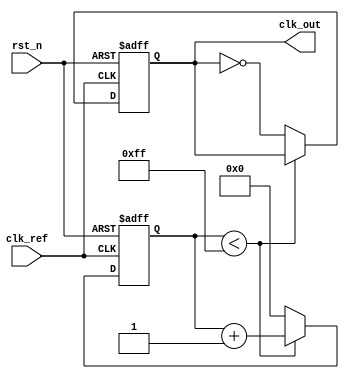
module frac_n_pll #(
    parameter N_INT = 4,    // Integer division part
    parameter N_FRAC = 8,   // Bits for fractional part
    parameter VCO_FREQUENCY_INIT = 10_000_000 // VCO initial frequency in Hz
)(
    input wire clk_ref,      // Reference clock input
    input wire rst_n,        // Asynchronous reset
    output reg clk_out       // Output clock
);

    // Phase Detector
    reg [1:0] phase_error; // Phase error signal
    wire clk_div;          // Divided clock output

    // VCO
    reg [31:0] vco_frequency; 
    reg clk_vco;

    // Fractional Delta-Sigma Modulator
    reg [N_FRAC-1:0] frac_counter; 
    reg [N_INT-1:0] int_div_counter; 

    // Main PLL operation
    always @(posedge clk_ref or negedge rst_n) begin
        if (!rst_n) begin
            clk_vco <= 1'b0;
            vco_frequency <= VCO_FREQUENCY_INIT;
            phase_error <= 2'b00;
            frac_counter <= 0;
            int_div_counter <= 0;
            clk_out <= 1'b0;
        end else begin
            // Phase Detector Logic
            if (clk_ref) begin
                if (clk_div) begin
                    phase_error <= phase_error + 1; 
                end else begin
                    phase_error <= phase_error - 1;
                end
            end

            // Loop Filter Logic (Simple Integrator for example)
            vco_frequency <= vco_frequency + {24'b0, phase_error}; // Simple filter

            // Voltage-Controlled Oscillator Simulation
            clk_vco <= ~clk_vco;

            // Frequency Divider with Fractional Division Logic
            if (frac_counter < (1 << N_FRAC) - 1) begin
                frac_counter <= frac_counter + 1;
            end else begin
                frac_counter <= 0;
                if (int_div_counter < N_INT - 1) begin
                    int_div_counter <= int_div_counter + 1;
                end else begin
                    int_div_counter <= 0;
                end
                clk_out <= ~clk_out;
            end
        end
    end

    // Clock Division Logic
    assign clk_div = (int_div_counter < N_INT);
    
endmodule